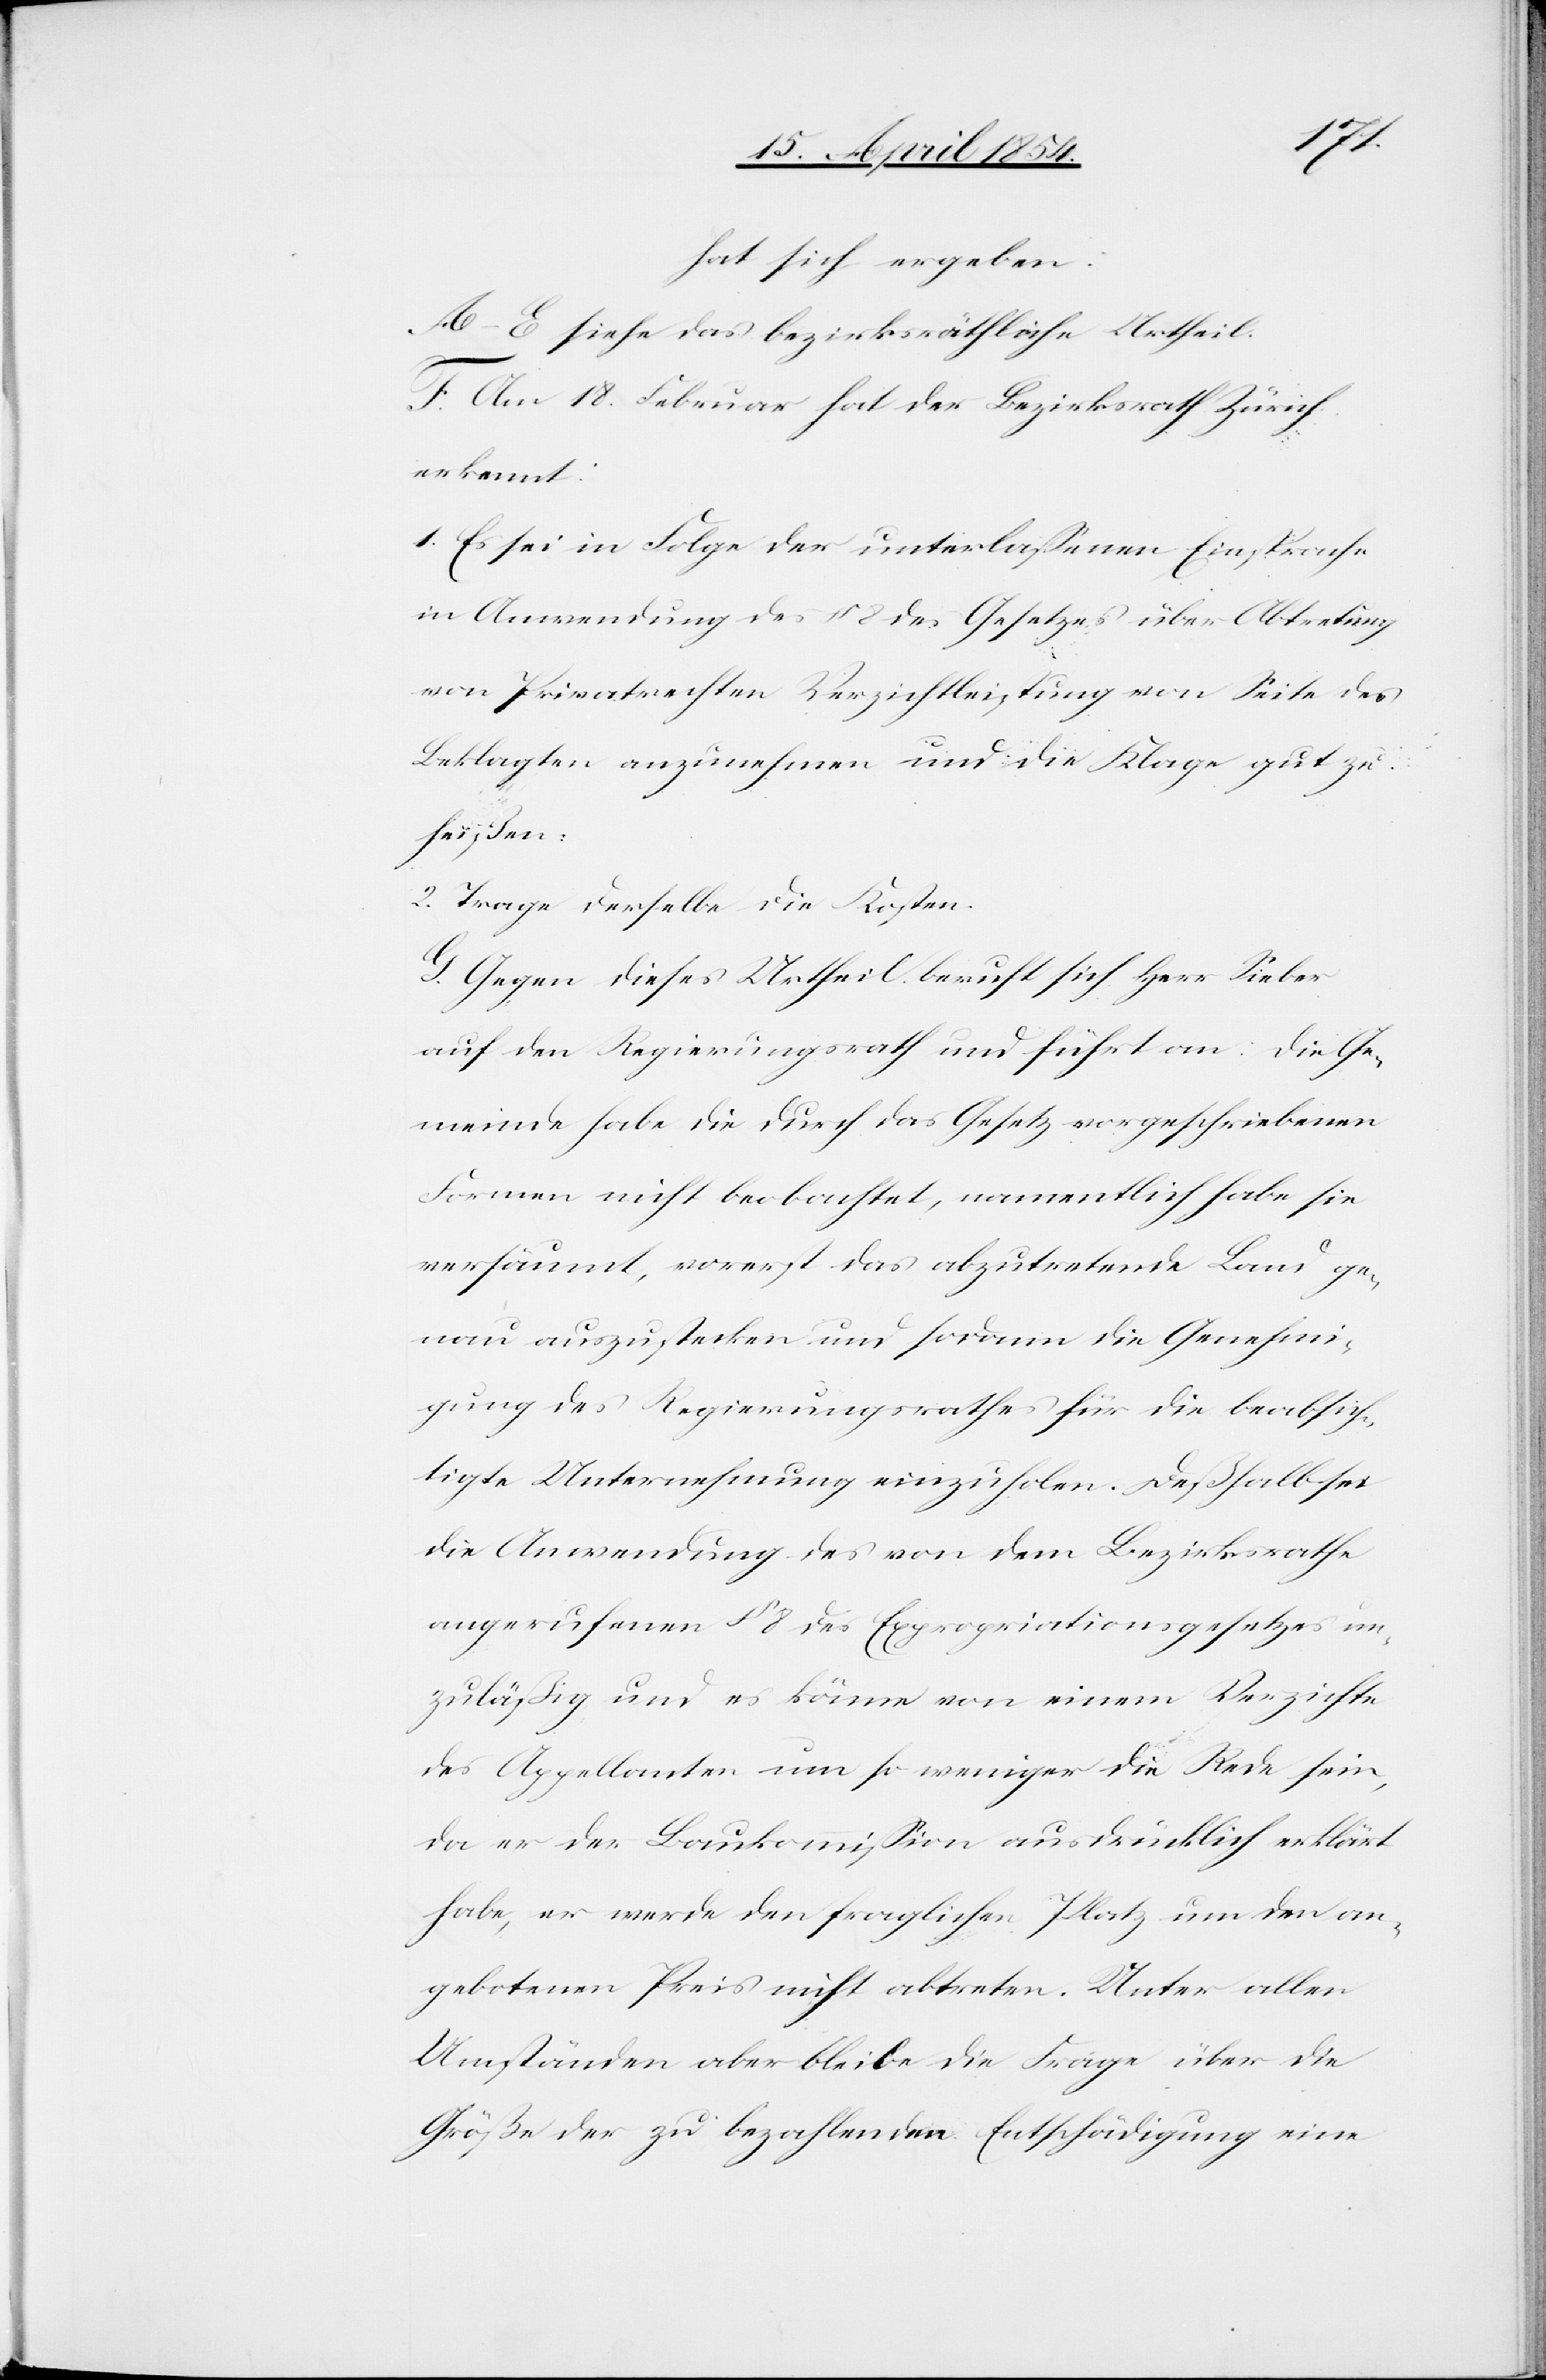
hat sich ergeben:
A.–E. siehe das bezirksräthliche Urtheil.
F. Am 18. Februar hat der Bezirksrath Zürich
erkennt:
1. Es sei in Folge der unterlaßenen Einsprache
in Anwendung des § 8 des Gesetzes über Abtretung
von Privatrechten Verzichtleistung von Seite des
Beklagten anzunehmen und die Klage gut zu
heißen:
2. Trage derselbe die Kosten.
G. Gegen dieses Urtheil beruft sich Herr Sieber
auf den Regierungsrath und führt an: Die Ge¬
meinde habe die durch das Gesetz vorgeschriebenen
Formen nicht beobachtet, namentlich habe sie
versäumt, vorerst das abzutretende Land ge¬
nau auszustecken und sodann die Genehmi¬
gung des Regierungsrath für die beabsich¬
tige Unternehmung einzuholen. Deßhalb sei
die Anwendung des von dem Bezirksrathe
ausgerufenen § 8 des Expropriationsgesetzes un¬
zuläßig und es könne von einem Verzichte
des Appellanten um so weniger die Rede sein,
da er der Baukommißion ausdrücklich erklärt
habe, er werde den fraglichen Platz um den an¬
gebotenen Preis nicht abtreten. Unter allen
Umständen aber bleibe die Frage über die
Größe der zu bezahlenden Entschädigung eine